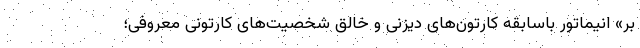
بر» انیماتور باسابقه کارتون‌های دیزنی و خالق شخصیت‌های کارتونی معروفی؛